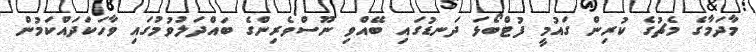
މާދަމާގެ މެޗުގެ ކުރިން ގައުމީ ފުޓްބޯޅަ ދަނޑުގައި ބޭއްވި ނޫސްވެރިންގެ ބައްދަލުވުމުގައި ވާހަކަދައްކަމުން